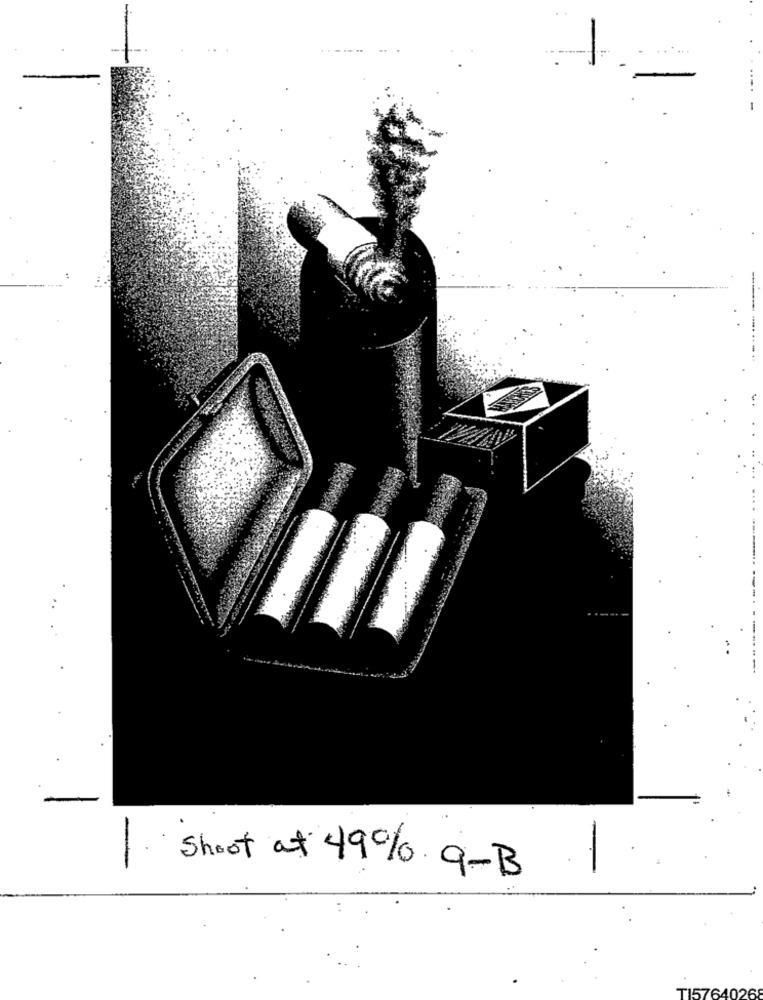
Shoot at 49% q-B
TI5764026